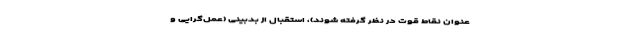
‌عنوان نقاط قوت در نظر گرفته شوند)، استقبال از بدبینی (عمل‌گرایی و